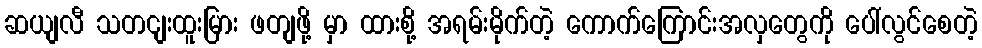
ဆယျလီ သတငျးထူးမြား ဖတျဖို့ မှာ ထားစို့ အရမ်းမိုက်တဲ့ ကောက်ကြောင်းအလှတွေကို ပေါ်လွင်စေတဲ့